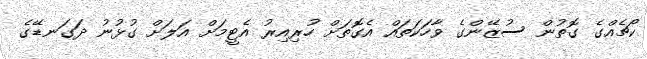
ކޯޗެއްގެ ގޮތުން ސުޒޭންގެ ވާހަކަތައް އެގޮތަށް ހުރިއިރު އެޓީމަށް އަލަށް ގުޅުނު ދަގަނޑޭގެ